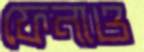
ফেনাও